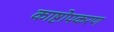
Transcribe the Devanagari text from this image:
काष्टोपकरण